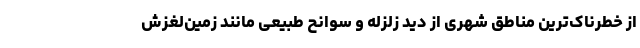
از خطرناک‌ترین مناطق شهری از دید زلزله و سوانح طبیعی مانند زمین‌لغزش